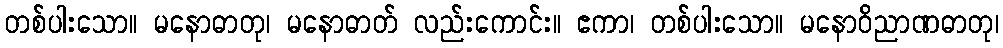
တစ်ပါးသော။ မနောဓာတု၊ မနောဓာတ် လည်းကောင်း။ ဧကာ၊ တစ်ပါးသော။ မနောဝိညာဏဓာတု၊